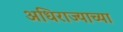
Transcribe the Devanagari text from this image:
अधिराज्याच्या